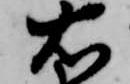
右